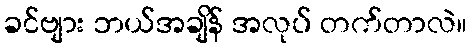
ခင်ဗျား ဘယ်အချိန် အလုပ် တက်တာလဲ။